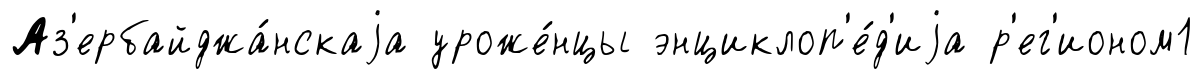
Аз'ербайджа́нскаjа уроже́нцы энциклоп'е́д'иjа р'ег'ионом1